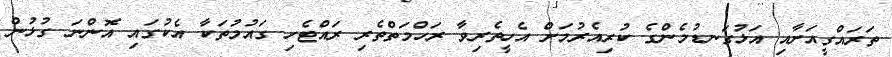
ތަރައްގީއަށާއި އަޅުގަނޑުމެންގެ ކުރިއެރުމަށް އެހީތެރިވާ ރަހްމަތްތެރި ރައްޓެހި ގައުމުތަކާ އެކުގައި އޮންނަ ގުޅުން